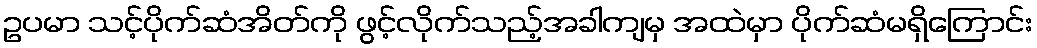
ဥပမာ သင့်ပိုက်ဆံအိတ်ကို ဖွင့်လိုက်သည့်အခါကျမှ အထဲမှာ ပိုက်ဆံမရှိကြောင်း